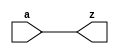
// This program was cloned from: https://github.com/aolofsson/oh
// License: MIT License

//#############################################################################
//# Function: Non-inverting Delay Cell                                        #
//# Copyright: OH Project Authors. ALl rights Reserved.                       #
//# License:  MIT (see LICENSE file in OH repository)                         #
//#############################################################################

module asic_delay #(parameter PROP = "DEFAULT")   (
    input  a,
    output z
    );

   assign z = a;

endmodule